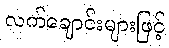
လက်ချောင်းများဖြင့်